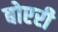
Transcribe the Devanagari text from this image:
बोएरी